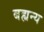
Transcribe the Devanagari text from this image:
बह्यन्य